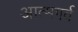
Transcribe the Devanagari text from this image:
आत्मगर्व